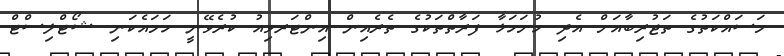
މަސައްކަތުގެ ތަޖުރިބާއަށް އެދި ހުށަހަޅާ ފަރާތްތަކުގެ ތެރެއިން އިންޓަރވިއު ކުރެވޭނީ ހަމައެކަނި ޝޯޓްލިސްޓް